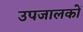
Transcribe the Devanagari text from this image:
उपजालकों